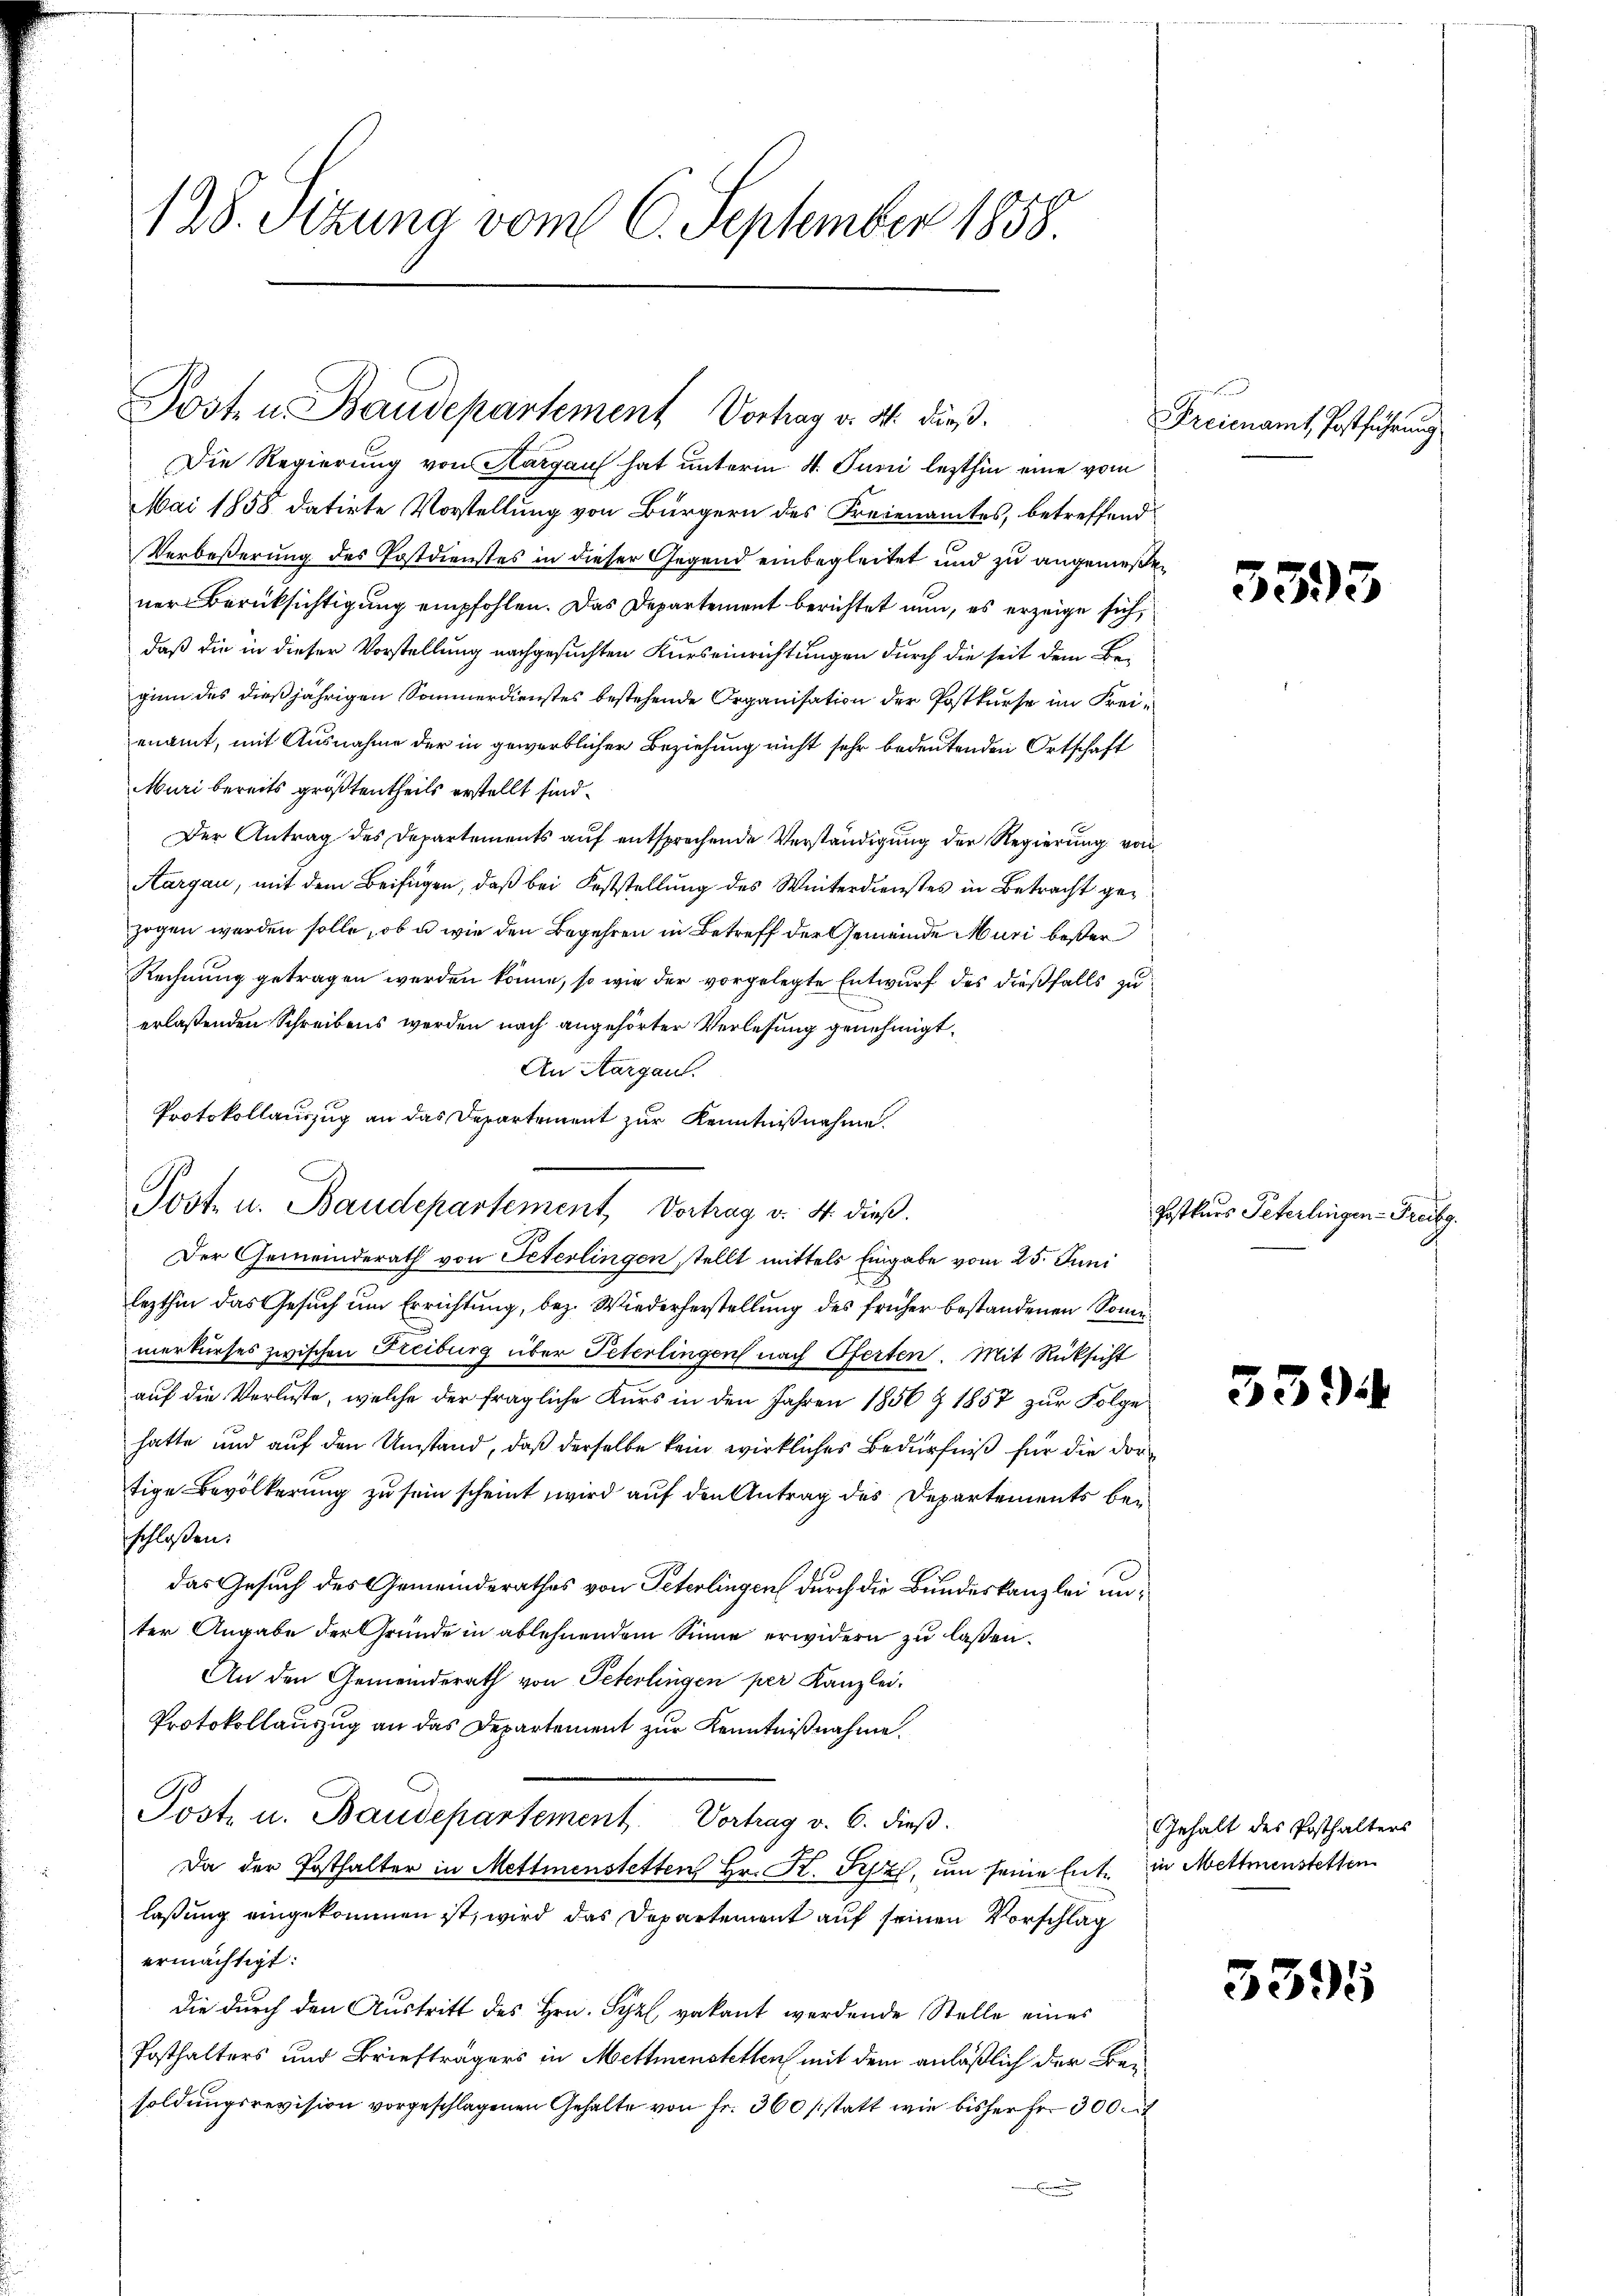
128. Sizung vom 6. September 1858.

Posten Baudepartement Vortrag v. M. dieß.

Die Regierung von Aargaus hat unterm 4. Juni lezthin eine vom
Mai 1858 datirte Vorstellung von Bürgern des Freienamtes, betreffend
Verbeßerung des Postdienstes in dieser Gegend einbegleitet und zu angemeßener Berücksichtigung empfohlen. Das Departement berichtet nun, es erzeige sich
daß die in dieser Vorstellung nachgesuchten Kurseinrichtungen durch die seit dem Be-
ginn des dießjährigen Sommerdienstes bestehende Organisation der Postkurse im Freienamt, mit Ausnahme der in gewerblicher Beziehung nicht sehr bedeutenden Ortschaft
Muri bereits größtentheils erstellt sind.
Der Antrag des Departements auf entsprechende Verständigung der Regierung von
Aargau, mit dem Beifügen, daß bei Feststellung des Winterdienstes in Betracht gezogen werden solle, ob u. wie den Begehren in Betreff der Gemeinde Muri bester
Rechnung getragen werden könne, so wie der vorgelegte Entwurf des dießfalls zu
erlaßenden Schreibens werden nach angehörter Verlesung genehmigt.
An Aargau.
Protokollauszug an das Departement zur Kenntnißnahme.
Der Gemeinderath von Peterlingen, stellt mittels Eingabe vom 25. Juni
lezthin das Gesuch um Errichtung, bez. Wiederherstellung des früher bestandenen Sonnemerkurses zwischen Freiburg über Peterlingen nach Pferten. Mit Rücksicht
auf die Verluste, welche der fragliche Kurs in den Jahren 1856 § 1857 zur Folge
hatte und auf den Umstand, daß derselbe kein wirkliches Bedürfniß für die dortige Bevölkerung zu sein scheint wird auf den Antrag des Departements bei
schloßen:
das Gesuch des Gemeinderathes von Peterlingen durch die Bundeskanzlei unter Angabe der Grunde in ablehnendem Sinne erwidern zu laßen.
An den Gemeinderath von Peterlingen per Kanzlei.
Protokollauszug an das Departement zur Kenntnißnahme.
1
Jost u. Baudepartement. Vortrag v. 6. dieß.
Da der Posthalter in Mettmenstetten Hr. K. Pepz, um seine Ente in Mettmenstetten
laßung eingekommen ist, wird das Departement auf seinen Vorschlag
ermächtigt:
die durch den Austritt des Hrn. Syzl vakant werdende Stelle eines
Posthalters und Briefträgers in Mettmenstetten mit dem anläßlich der Besoldungsrevision vorgeschlagenen Gehalte von fr. 360 / statt wie bisher Fr. 300

Post- u. Baudepartement, Vortrag v. 4. dieß.

Freienamt Postführung

5393

Postkurs Peterlingen - Freibg.

33

Gehalt des Posthalters

3395